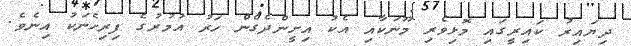
ދިޔައިރު ކައިރީގައި މޮޅިވެރި މޫނަކާއި އެެކު އިށީންދެގެން ހަރު އުމުރުގެ ފިރިހެެނަކުު އިނެވެ.